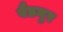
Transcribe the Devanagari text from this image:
बैडनुर